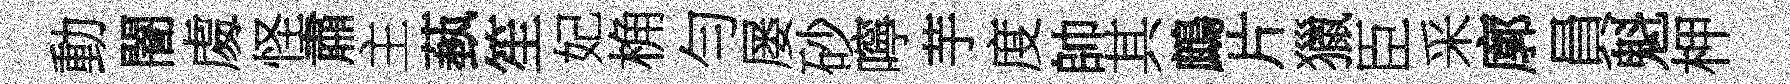
動闇䖏怪肅主蓺笙妃桷勻屡砂嚀芋度帥其鷓片獵臣采廓員魁柙